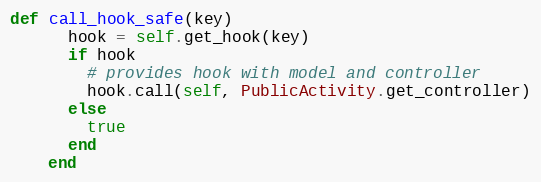
Language: Ruby
def call_hook_safe(key)
      hook = self.get_hook(key)
      if hook
        # provides hook with model and controller
        hook.call(self, PublicActivity.get_controller)
      else
        true
      end
    end